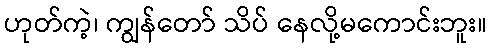
ဟုတ်ကဲ့၊ ကျွန်တော် သိပ် နေလို့မကောင်းဘူး။